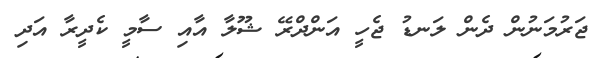
ޖަރުމަނުން ދެން ލަނޑު ޖެހީ އަންދްރޭ ޝޫލާ އާއި ސާމީ ކެދީރާ އަދި